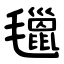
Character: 㲱